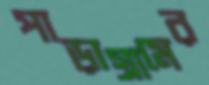
পাড়াগ্রামের